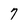
Character: 7